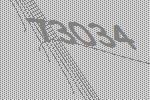
73034